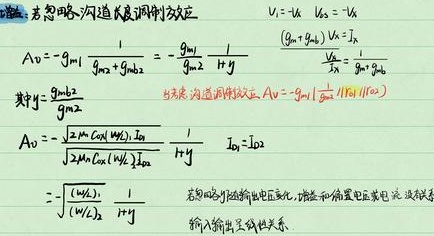
\[
\begin{align*}
V_i&=-I_k\ \ V_{bs}=-I_k\\
A_v&=-g_{m1}\frac{1}{g_{m1}+g_{mb2}}=-g_{m1}\frac{1}{g_{m2}+I+g}\ \ \ \ \ \ \frac{(g_{m}+g_{mb})V_x=I_x}{\frac{V_x}{I_x}=\frac{1}{g_{m}+g_{mb}}}\\
\text{其中}y&=\frac{g_{mb2}}{g_{m2}}\\
\text{当考虑沟道调制效应}\ A_v&=-g_{m1}\frac{1}{(1+1/y)}\\
A_v&=-\frac{\sqrt{2\mu_nC_{ox}(W/L)_1I_{D1}}}{\sqrt{2\mu_nC_{ox}(W/L)_2I_{D2}}}\frac{1}{I+g}\ \ I_{D1}=I_{D2}\\
&=-\sqrt{\frac{(W/L)_1}{(W/L)_2}}\frac{1}{I+g}
\end{align*}
\]
若忽略沟道调制效应且电压变化，输入 - 输出呈线性关系。